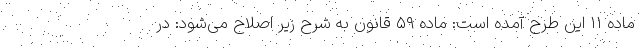
ماده ۱۱ این طرح آمده است: ماده ۵۹ قانون به شرح زیر اصلاح می‌شود: در